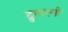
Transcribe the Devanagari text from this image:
द्रुमाश्मी